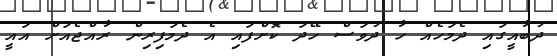
ދުބާއީގައި ދެމަހެއް ހާ ދުވަސް ހޭދަ ކޮށްފައި އެ ދެމަފިރިން ރާއްޖެއަށް އައީ